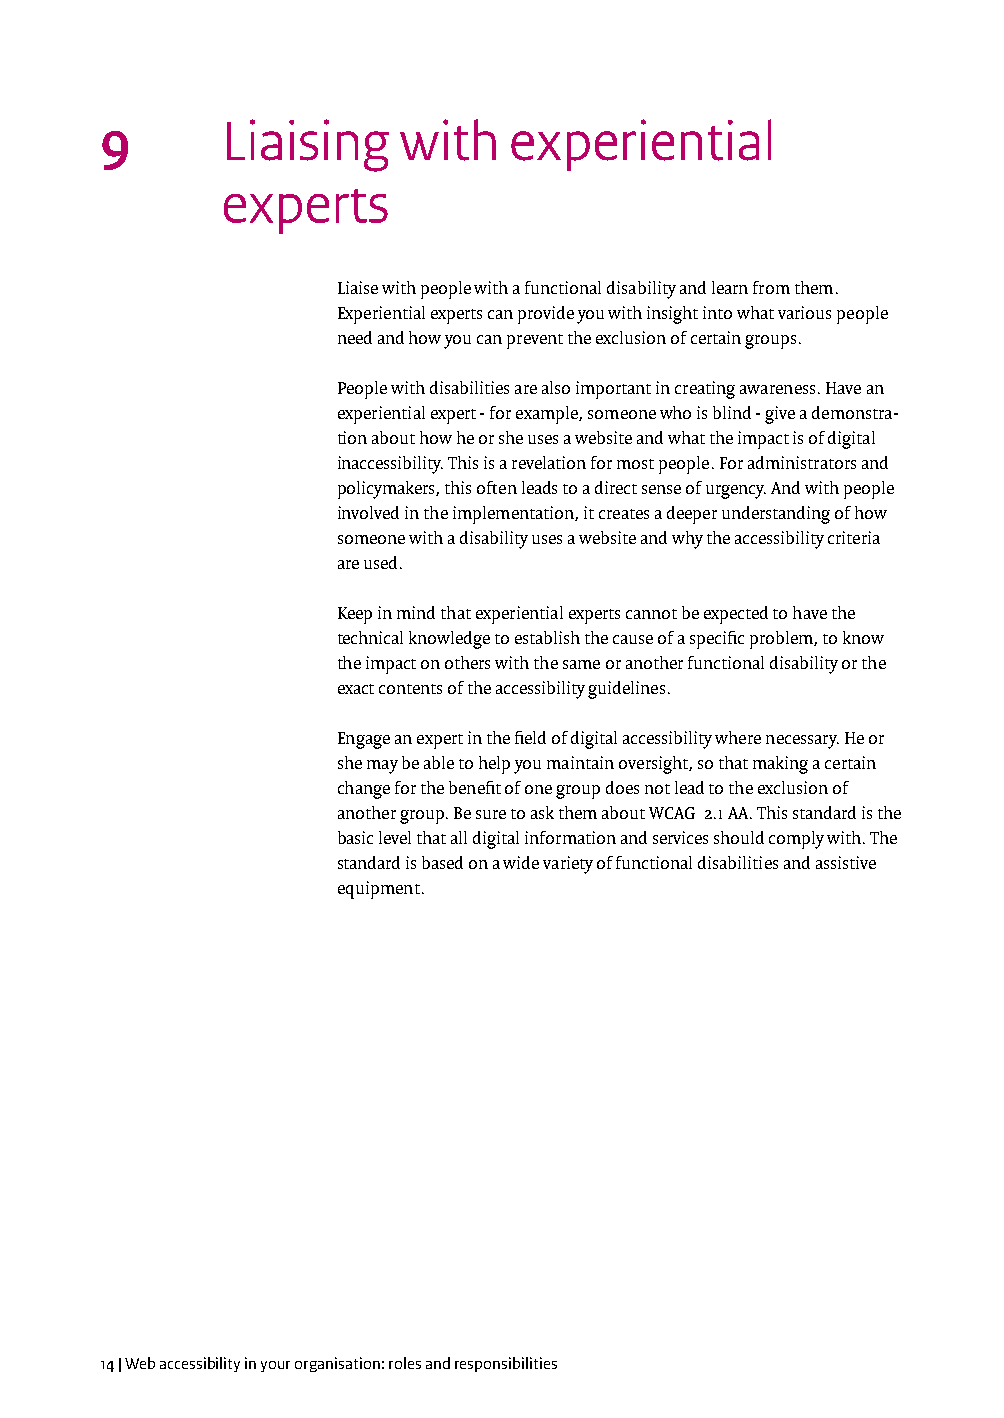
9       L iaising  with    experiential
 experts
 Liaise with people with a functional disability and learn from them.
 Experiential experts can provide you with insight into what various people
 need and how you can prevent the exclusion of certain groups.
 People with disabilities are also important in creating awareness. Have an
 experiential expert - for example, someone who is blind - give a demonstra-
 tion about how he or she uses a website and what the impact is of digital
 inaccessibility. This is a revelation for most people. For administrators and
 policymakers, this often leads to a direct sense of urgency. And with people
 involved in the implementation, it creates a deeper understanding of how
 someone with a disability uses a website and why the accessibility criteria
 are used.
 Keep in mind that experiential experts cannot be expected to have the
 technical knowledge to establish the cause of a specific problem, to know
 the impact on others with the same or another functional disability or the
 exact contents of the accessibility guidelines.
 Engage an expert in the field of digital accessibility where necessary. He or
 she may be able to help you maintain oversight, so that making a certain
 change for the benefit of one group does not lead to the exclusion of
 another group. Be sure to ask them about WCAG 2.1 AA. This standard is the
 basic level that all digital information and services should comply with. The
 standard is based on a wide variety of functional disabilities and assistive
 equipment.
 14 | Web accessibility in your organisation: roles and responsibilities